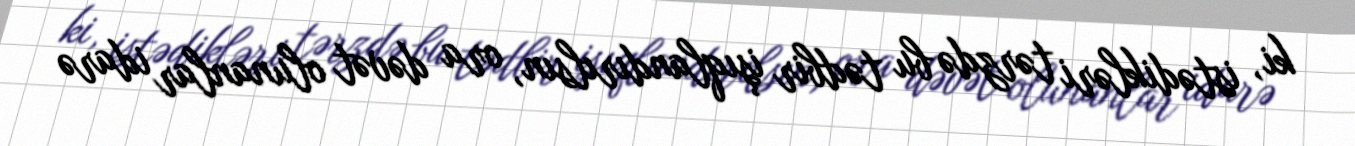
ki, istədikləri tərzdə bu tədbir işıqlandırılsın, ora dəvət olunanlar idarə